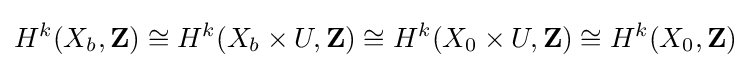
H^{k}(X_{b},\mathbf {Z} )\cong H^{k}(X_{b}\times U,\mathbf {Z} )\cong H^{k}(X_{0}\times U,\mathbf {Z} )\cong H^{k}(X_{0},\mathbf {Z} )